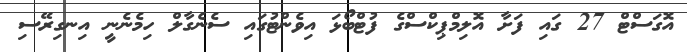
އޮގަސްޓް 27 ގައި ފަށާ އޮލިމްޕިކްސްގެ ފުޓްބޯޅަ އިވެންޓުގައި ސެނެގާލް ހިމެނެނީ އިނގިރޭސި